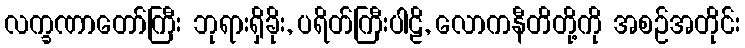
လက္ခဏာတော်ကြီး ဘုရားရှိခိုး, ပရိတ်ကြီးပါဠိ, လောကနီတိတို့ကို အစဉ်အတိုင်း